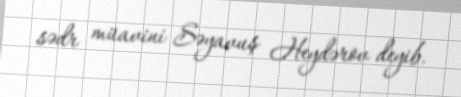
sədr müavini Səyavuş Heydərov deyib.